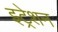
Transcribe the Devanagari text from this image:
इट्रेशन